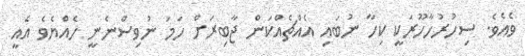
ވެއެވެ. ސިހުރުހާހޫރަކީ ކިހާ ނުބައި އެއްޗެއްކަން ޖާބިރަށް ހަމަ ނުވިސްނެނީ ހެއްޔެވެ އެއީ